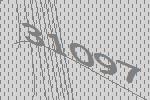
31097